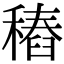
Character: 𥡟